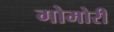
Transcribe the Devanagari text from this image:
गोमोरी